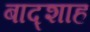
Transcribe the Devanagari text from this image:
बाद्शाह